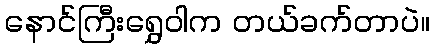
နောင်ကြီးရွှေဝါက တယ်ခက်တာပဲ။